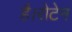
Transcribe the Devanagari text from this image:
है।रोटेन